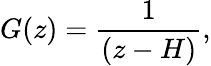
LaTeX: G(z)=\frac{1}{(z-H)},